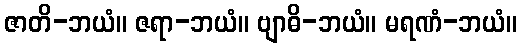
ဇာတိ-ဘယံ။ ဇရာ-ဘယံ။ ဗျာဓိ-ဘယံ။ မရဏံ-ဘယံ။